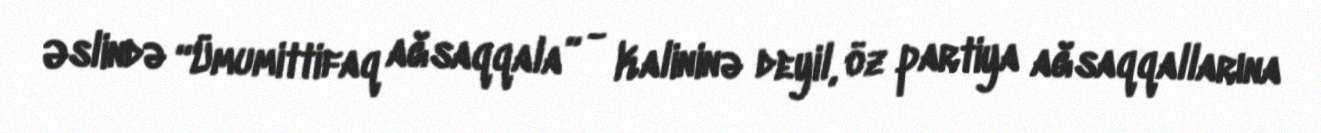
Əslində “Ümumittifaq ağsaqqala” - Kalininə deyil, öz partiya ağsaqqallarına